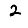
Digit: 2